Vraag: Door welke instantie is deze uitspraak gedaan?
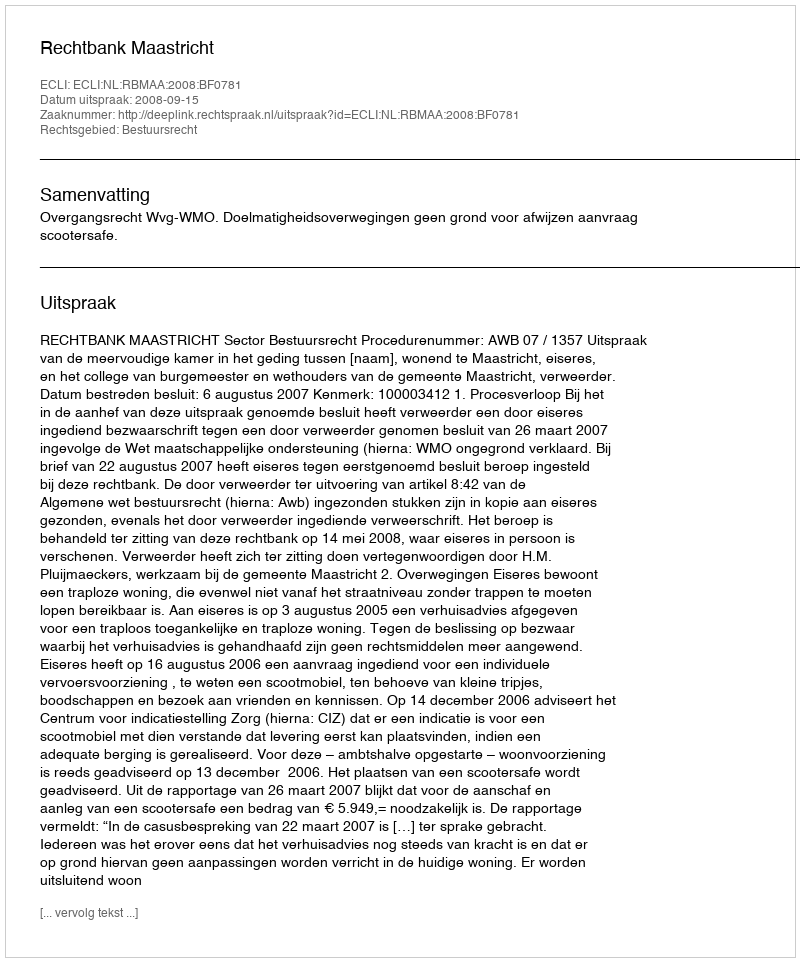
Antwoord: Rechtbank Maastricht